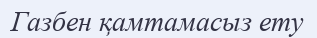
Газбен қамтамасыз ету